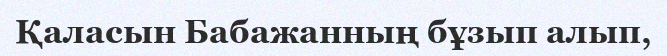
Қаласын Бабажанның бұзып алып,